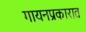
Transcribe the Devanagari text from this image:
गायनप्रकारात